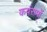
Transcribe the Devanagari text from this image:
कर्यरामों